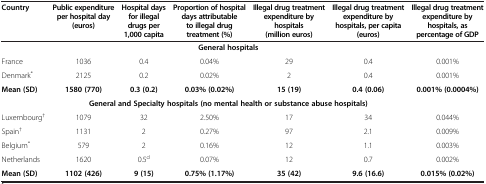
| Country | Public expenditure per hospital day (euros) | Hospital days for illegal drugs per 1,000 capita | Proportion of hospital days attributable to illegal drug treatment (%) | Illegal drug treatment expenditure by hospitals (million euros) | Illegal drug treatment expenditure by hospitals, per capita (euros) | Illegal drug treatment expenditure by hospitals, as percentage of GDP |
 | --- | --- | --- | --- | --- | --- | --- |
 |  | <COLSPAN=5> General hospitals |  |
 | France | 1036 | 0.4 | 0.04% | 29 | 0.4 | 0.001% |
 | Denmark* | 2125 | 0.2 | 0.02% | 2 | 0.4 | 0.001% |
 | Mean (SD) | 1580 (770) | 0.3 (0.2) | 0.03% (0.02%) | 15 (19) | 0.4 (0.06) | 0.001% (0.0004%) |
 |  | <COLSPAN=5> General and Specialty hospitals (no mental health or substance abuse hospitals) |  |
 | Luxembourg† | 1079 | 32 | 2.50% | 17 | 34 | 0.044% |
 | Spain† | 1131 | 2 | 0.27% | 97 | 2.1 | 0.009% |
 | Belgium* | 579 | 2 | 0.16% | 12 | 1.1 | 0.003% |
 | Netherlands | 1620 | 0.5d | 0.07% | 12 | 0.7 | 0.002% |
 | Mean (SD) | 1102 (426) | 9 (15) | 0.75% (1.17%) | 35 (42) | 9.6 (16.6) | 0.015% (0.02%) |